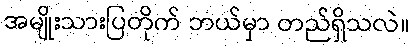
အမျိုးသားပြတိုက် ဘယ်မှာ တည်ရှိသလဲ။